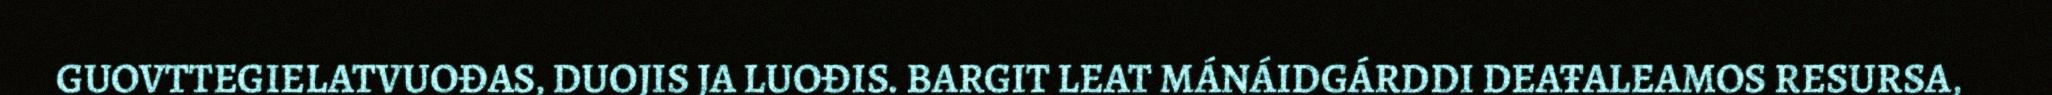
GUOVTTEGIELATVUOĐAS, DUOJIS JA LUOĐIS. BARGIT LEAT MÁNÁIDGÁRDDI DEAŦALEAMOS RESURSA,